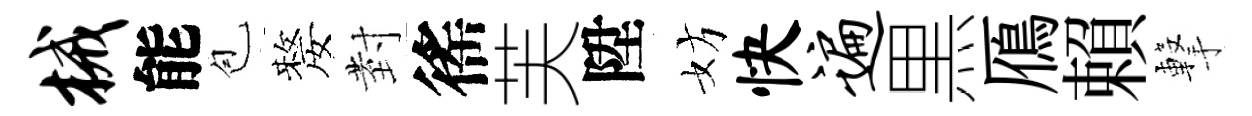
械能苞嫠𭔹徭芙陞妨快遍黒鴈賴撃